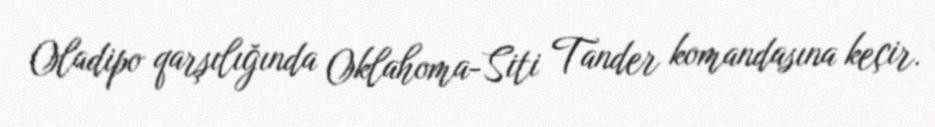
Oladipo qarşılığında Oklahoma-Siti Tander komandasına keçir.